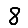
Digit: 8